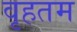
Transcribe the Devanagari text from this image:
वृहतम